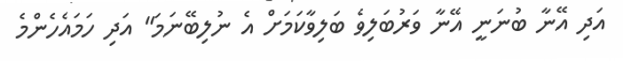
އަދި އޭނާ ބުނަނީ އޭނާ ވަރުބަލިވެ ބަލިވާކަމަށް އެ ނުލިބޭނަމަ" އަދި ހަމައެހެންމެ